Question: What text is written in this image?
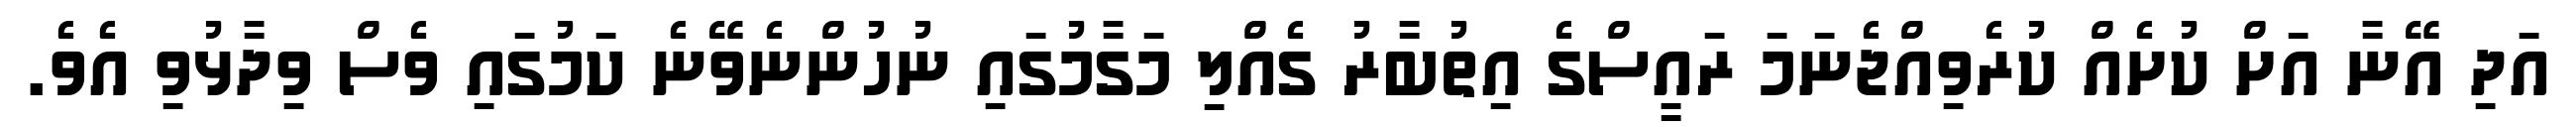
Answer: އަދި އޭނާ އަށް ކުށެއް ކުރެވިއްޖެނަމަ ރައީސްގެ އިތުބާރު ގެއްލި މަގާމުގައި ނުހުންނެވޭނެ ކަމުގައި ވެސް ވިދާޅުވި އެވެ.